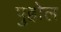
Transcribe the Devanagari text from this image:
पुहोल